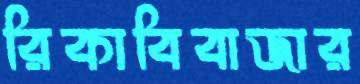
রিকাবিবাজার